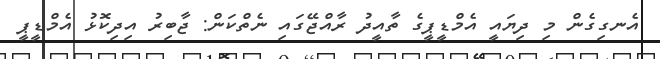
އެނގިގެން މި ދިޔައީ އެމްޑީޕީގެ ތާއީދު ރާއްޖޭގައި ނެތްކަން: ޖާބިރު އިދިކޮޅު އެމްޑީޕީ